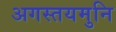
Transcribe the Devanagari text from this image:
अगस्तयमुनि